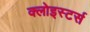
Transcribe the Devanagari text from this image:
क्लोइस्टर्स